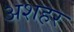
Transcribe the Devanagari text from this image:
अशहर